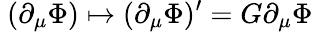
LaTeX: \ (\partial_{\mu}\Phi)\mapsto(\partial_{\mu}\Phi)^{\prime}=G\partial_{\mu}\Phi